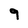
Character: 9